Tartu_Muinsuskaitse_Uhendus, lk 4
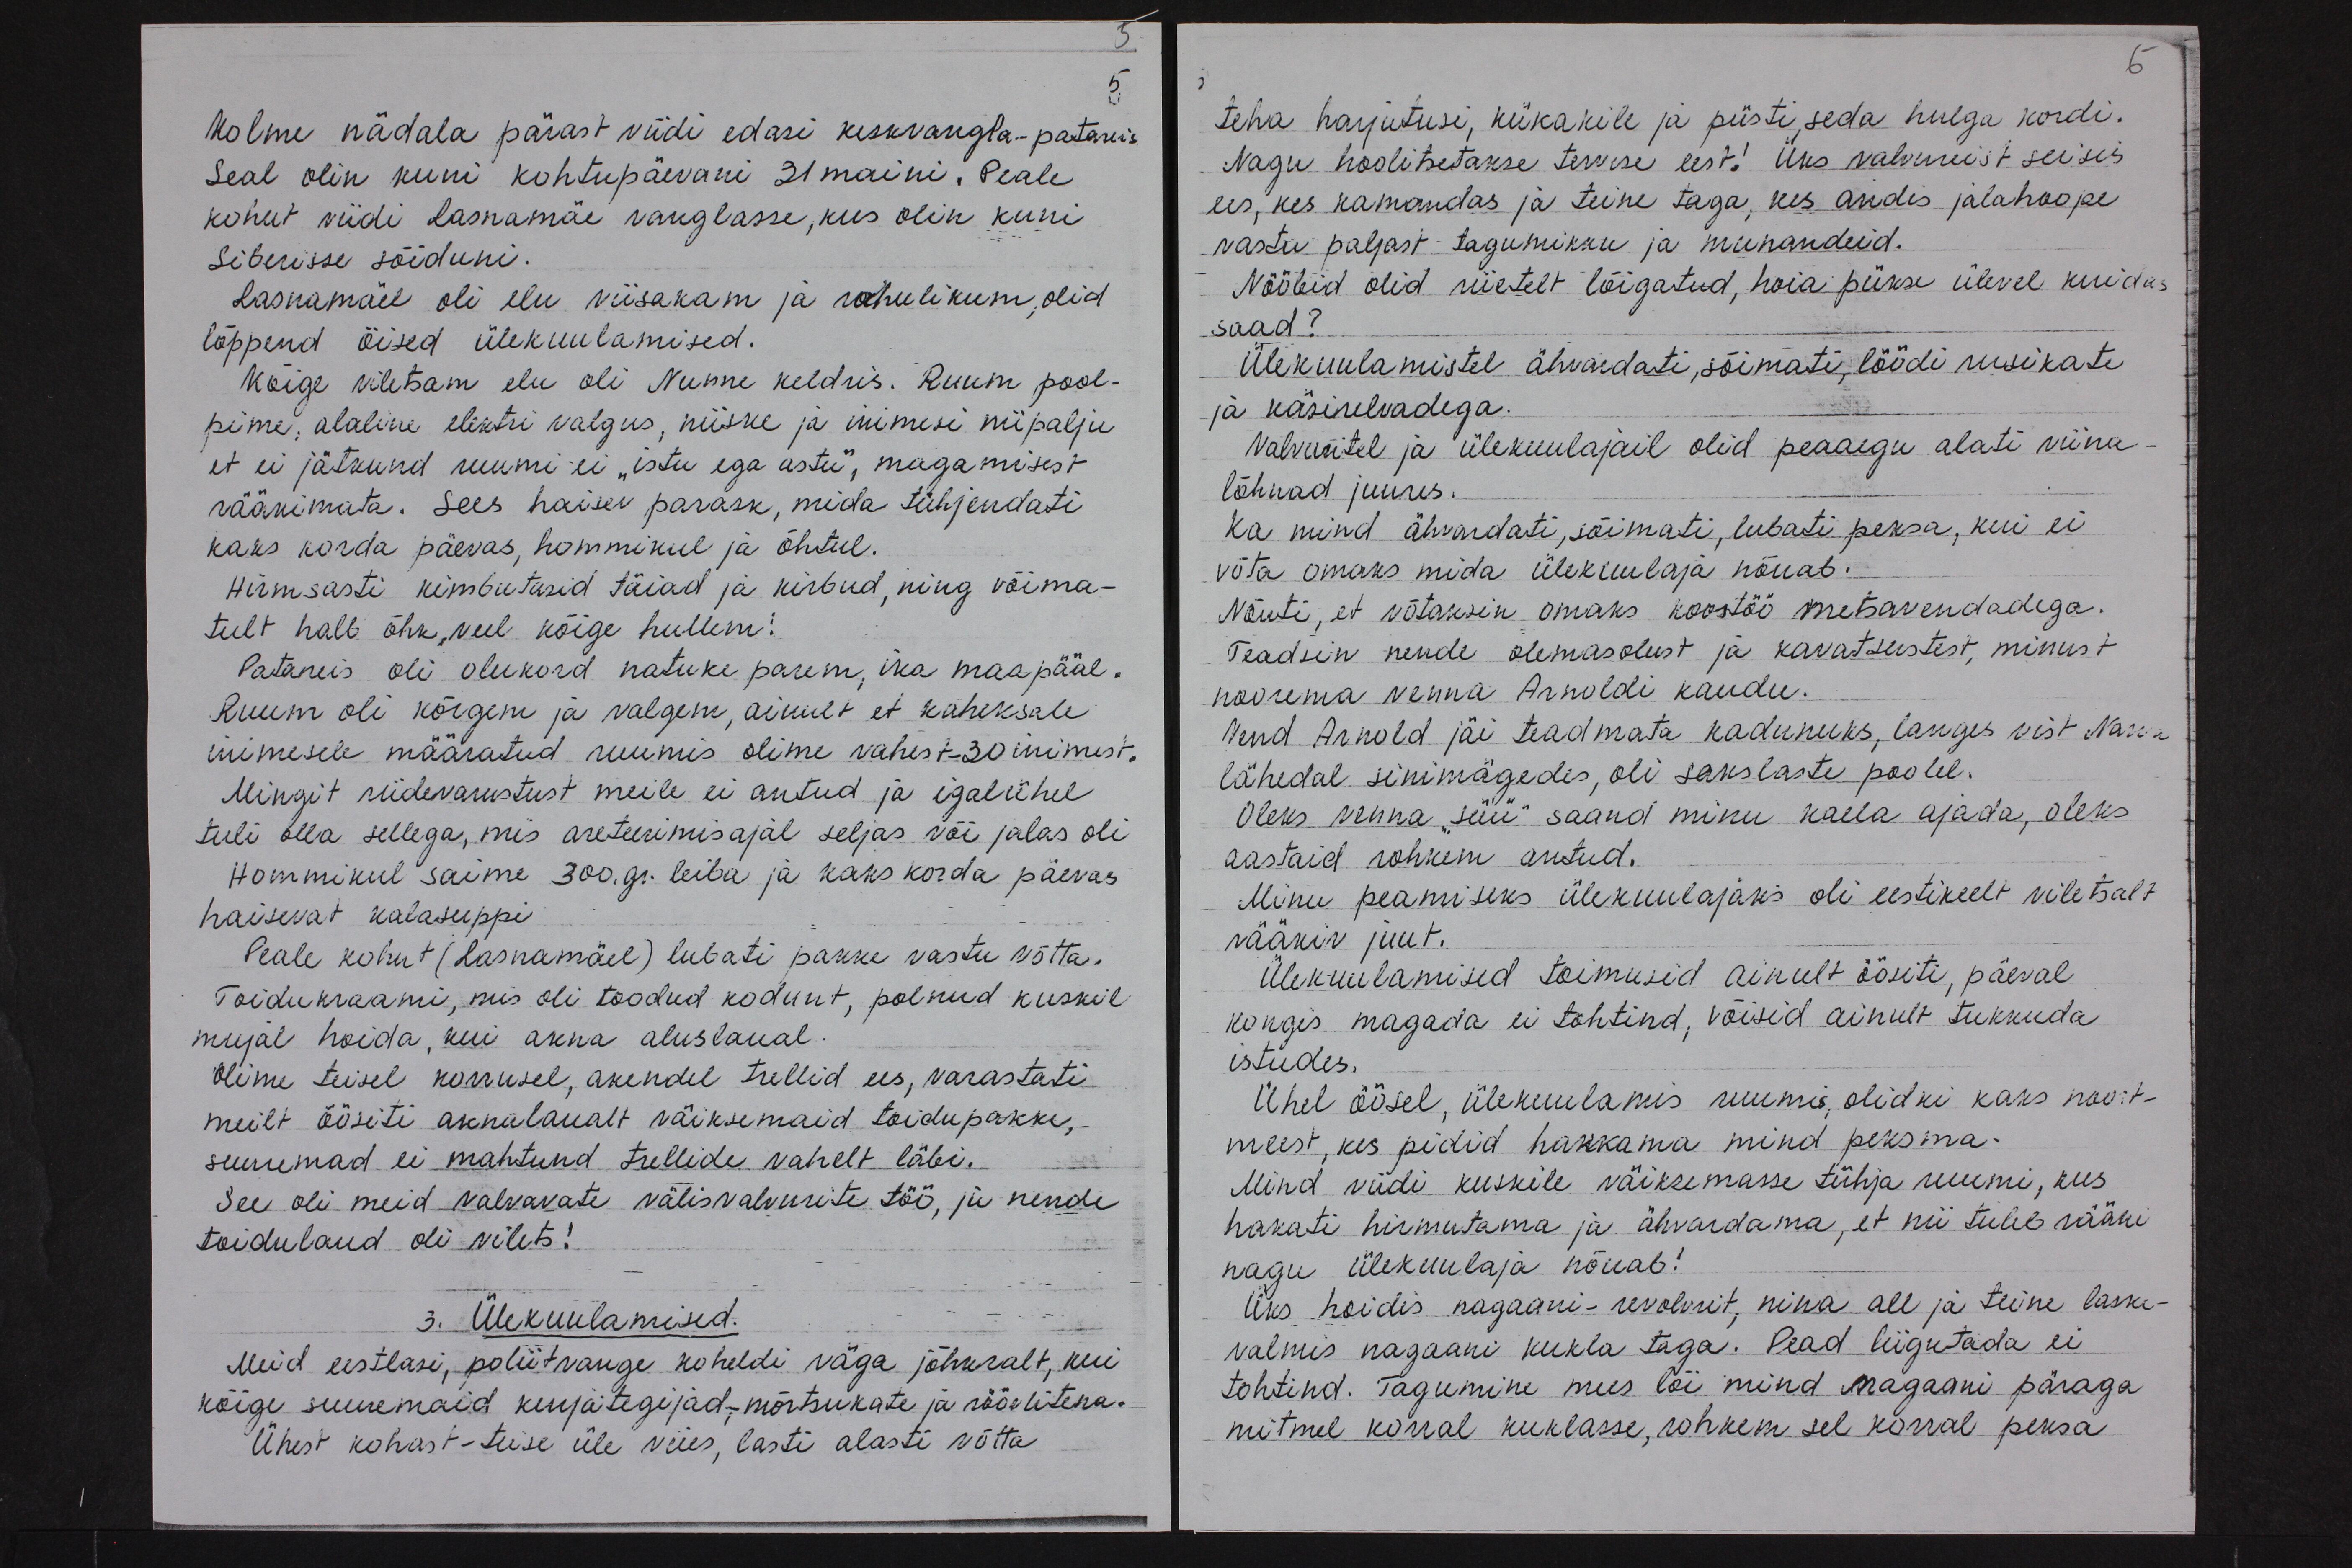
5.

Kolme nädala pärast viidi edasi keskvangla-patareis
Seal olin kuni kohtupäevani 31 maini. Peale
kohut viidi Lasnamäe vanglasse, kus olin kuni
Siberisse sõiduni.
Lasnamäel oli elu viisakam ja rahulikum, olid
lõppend öised ülekuulamised.
Kõige viletsam elu oli Nunne keldris. Ruum pool-
pime, alaline elektri valgus, niiske ja inimesi niipalju
et ei jätkund ruumi ei "istu ega astu", magamisest
rääkimata. Sees haisev parask, mida tühjendati,
kaks korda päevas, hommikul ja õhtul.
Hirmsasti kimbutasid täiad ja kirbud, ning võima-
tult halb õhk, veel kõige hullem!
Patareis oli olukord natuke parem, ika maapääl.
Ruum oli kõrgem ja valgem, ainult et kaheksale
inimesele määratud ruumis olime vahest 30 inimest.
Mingit riidevarustust meile ei antud ja igalühel
tuli olla sellega, mis areteerimisajal seljas või jalas oli
Hommikul saime 300. gr. leiba ja kaks korda päevas
haisevat kalasuppi
Peale kohut (Lasnamäel) lubati pakke vastu võtta.
Toidu kraami, mis oli toodud kodunt, polnud kuskil
mujal hoida, kui akna aluslaual.
Olime teisel korrusel, akendel trellid ees, varastati
meilt öösiti aknalaualt väiksemaid toidupakke,
suuremad ei mahtunud trellide vahelt läbi.
See oli meid valvavate välisvalvurite töö, ju nende
toidulaud oli vilets!
3. Ülekuulamised.
Meid eestlasi, poliitvange koheldi väga jõhkralt, kui
kõige suuremaid kirjategijad,- mõrtsukate ja röövlitena.
Ühest kohast - teise üle viies, lasti alasti võtta.

6
teha harjutusi, kükakile ja püsti, seda hulga kordi.
Nagu hoolitsetakse tervise eest! Üks valvureist seisis
ees, kes kamandas ja teine taga, kus andis jalahoope
vastu paljast tagumikku ja munandeid.
Nööbid olid riietelt lõigatud, hoia pükse ülevel kuidas
saad?
Ülekuulamistel ähvardati, sõimati, löödi rusikate
ja käsirelvadega.
Valvuritel ja ülekuulajail olid peaaegu alati viina
lõhnad juures.
Ka mind ähvardati, sõimati, lubati peksa, kui ei
võta omaks mida ülekuulaja nõuab.
Nõuti, et võtaksin omaks koostöö metsavendadega.
Teadsin nende olemasolust ja kavatsustest, minust
noorema venna Arnoldi kaudu.
Vend Arnold jäi teadmata kadunuks, langes vist Narva
lähedal sinimägedes, oli sakslaste poolel.
Oleks venna "süü" saand minu kaela ajada, oleks
aastaid rohkem antud.
Minu peamiseks ülekuulajaks oli eestikeelt viletsalt
rääkiv juut.
Ülekuulamised toimusid ainult öösiti, päeval
kongis magada ei tohtinud, võisid ainult tukkuda
istudes.
Ühel öösel, ülekuulamis ruumis, olidki kaks noort-
meest, kes pidid hakkama mind peksma-
Mind viidi kuskile väiksemasse tühja ruumi, kus
hakati hirmutama ja ähvardama, et nii tuleb rääki
nagu ülekuulaja nõuab!
Üks hoidis nagaani-revolvrit, nina all ja teine laske-
valmis nagaani kukla taga. Pead liigutada ei
tohtind. Tagumine mees lõi mind nagaani päraga
mitmel korral kuklasse, rohkem sel korra peksa